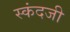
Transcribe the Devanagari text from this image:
स्कंदजी